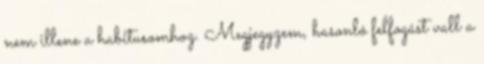
nem illene a habitusomhoz. Megjegyzem, hasonló felfogást vall a